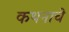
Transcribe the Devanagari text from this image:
कथनाचे